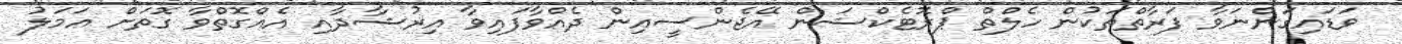
ވަޑައިގަންނަވާ ފަރާތްތަކުން ހެލްތް ޕްރޮޓެކްޝަން އޭޖެންސީއިން ދެއްވާފައިވާ އިރުޝާދާއި އެއްގޮތްވާ ގޮތަށް ޢަމަލު